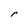
Character: r